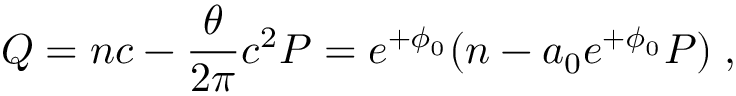
Q = n c - \frac { \theta } { 2 \pi } c ^ { 2 } P = e ^ { + \phi _ { 0 } } ( n - a _ { 0 } e ^ { + \phi _ { 0 } } P ) \; ,